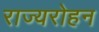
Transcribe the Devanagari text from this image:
राज्यरोहन